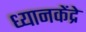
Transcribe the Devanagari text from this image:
ध्यानकेंद्रे